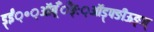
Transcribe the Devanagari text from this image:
ड़्ईं़॰़ऑब़्ँँँङ्ः़ऑड़्फ्ङीऊङ्ञ्